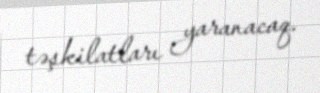
təşkilatları yaranacaq.